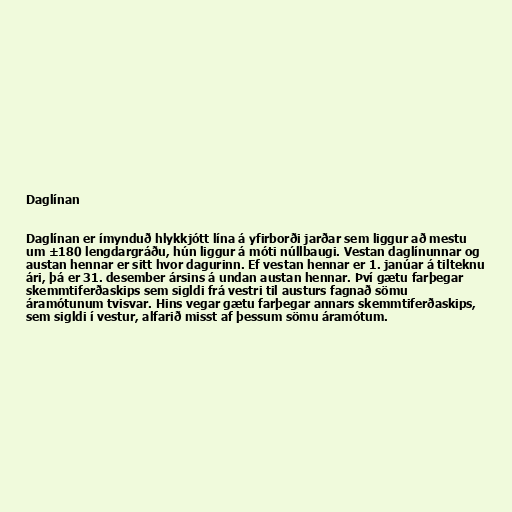
Daglínan

Daglínan er ímynduð hlykkjótt lína á yfirborði jarðar sem liggur að mestu
um ±180 lengdargráðu, hún liggur á móti núllbaugi. Vestan daglínunnar og
austan hennar er sitt hvor dagurinn. Ef vestan hennar er 1. janúar á tilteknu
ári, þá er 31. desember ársins á undan austan hennar. Því gætu farþegar
skemmtiferðaskips sem sigldi frá vestri til austurs fagnað sömu
áramótunum tvisvar. Hins vegar gætu farþegar annars skemmtiferðaskips,
sem sigldi í vestur, alfarið misst af þessum sömu áramótum.